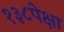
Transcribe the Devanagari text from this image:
१३८पेक्षा